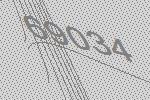
69034